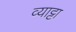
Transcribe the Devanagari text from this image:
व्याट्टा